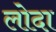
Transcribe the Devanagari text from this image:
लोदा